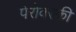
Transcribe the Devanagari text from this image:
पेरोवस्की